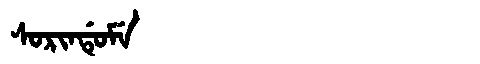
Manchu: ᠰᠣᡵᡳᠨᡩᡠᠮᡝ
Romanization: SORINDUME